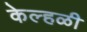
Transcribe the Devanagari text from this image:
केल्हळी